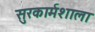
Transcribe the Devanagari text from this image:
सुरकार्मशाला